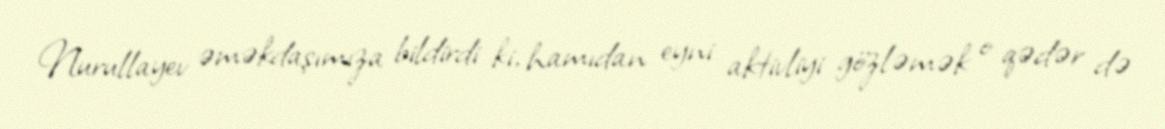
Nurullayev əməkdaşımıza bildirdi ki, hamıdan eyni aktivliyi gözləmək o qədər də